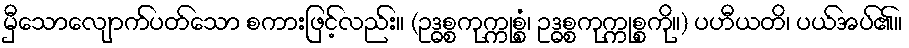
မှီသောလျောက်ပတ်သော စကားဖြင့်လည်း။ (ဥဒ္ဓစ္စကုက္ကုစ္စံ၊ ဥဒ္ဓစ္စကုက္ကုစ္စကို။) ပဟီယတိ၊ ပယ်အပ်၏။